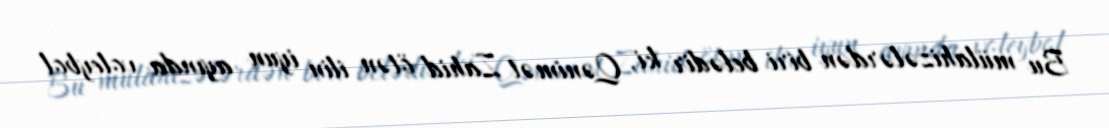
Bu mülahizələrdən biri belədir ki, Qənimət Zahid ötən ilin iyun ayında voleybol